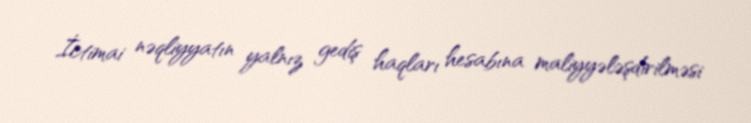
İctimai nəqliyyatın yalnız gediş haqları hesabına maliyyələşdirilməsi